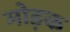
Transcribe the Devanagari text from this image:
मोड़क